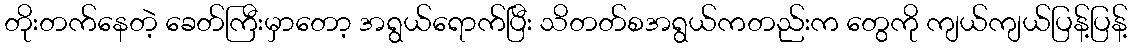
တိုးတက်နေတဲ့ ခေတ်ကြီးမှာတော့ အရွယ်ရောက်ပြီး သိတတ်စအရွယ်ကတည်းက တွေကို ကျယ်ကျယ်ပြန့်ပြန့်